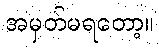
အမှတ်မရတော့။